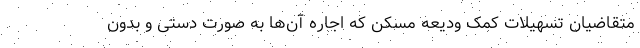
متقاضیان تسهیلات کمک ودیعه مسکن که اجاره آن‌ها به صورت دستی و بدون